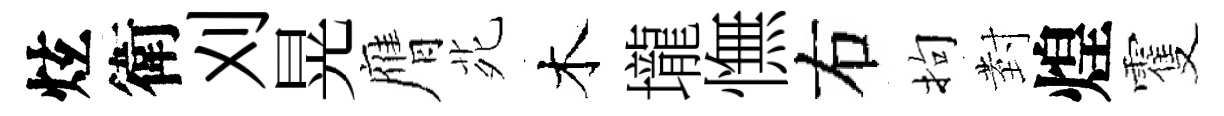
炫衛刈晃膺𫟍木壠憮右拘𭔹煌䨥